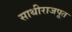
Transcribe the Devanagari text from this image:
साथीराजपूत